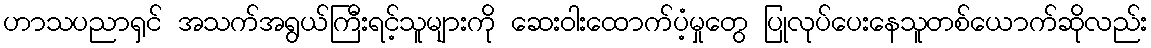
ဟာသပညာရှင် အသက်အရွယ်ကြီးရင့်သူများကို ဆေးဝါးထောက်ပံ့မှုတွေ ပြုလုပ်ပေးနေသူတစ်ယောက်ဆိုလည်း